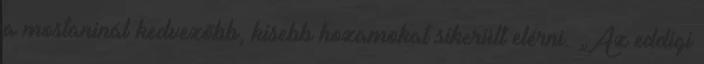
a mostaninál kedvezőbb, kisebb hozamokat sikerült elérni. „Az eddigi